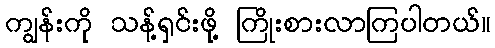
ကျွန်းကို သန့်ရှင်းဖို့ ကြိုးစားလာကြပါတယ်။